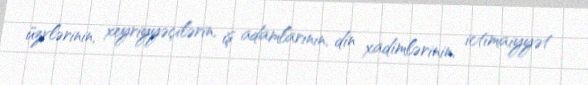
üzvlərinin, xeyriyyəçilərin, iş adamlarının, din xadimlərinin, ictimaiyyət